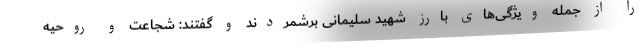
را از جمله ویژگی‌های بارز شهید سلیمانی برشمردند و گفتند: شجاعت و روحیه